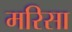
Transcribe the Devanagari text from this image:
मरिसा